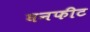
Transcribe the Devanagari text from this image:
घनफीट